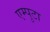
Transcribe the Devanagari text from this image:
एम्पुटा